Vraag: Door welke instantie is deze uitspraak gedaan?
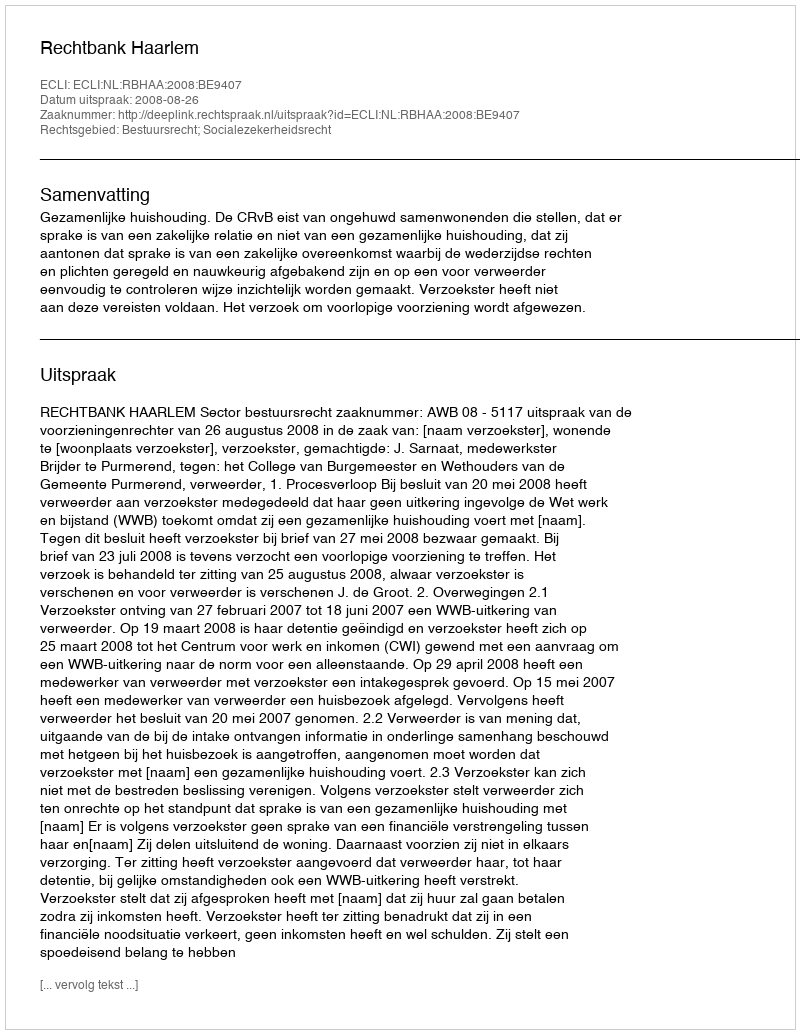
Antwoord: Rechtbank Haarlem